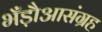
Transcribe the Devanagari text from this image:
भँड़ौआसंग्रह